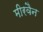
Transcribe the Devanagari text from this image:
मीरवैन